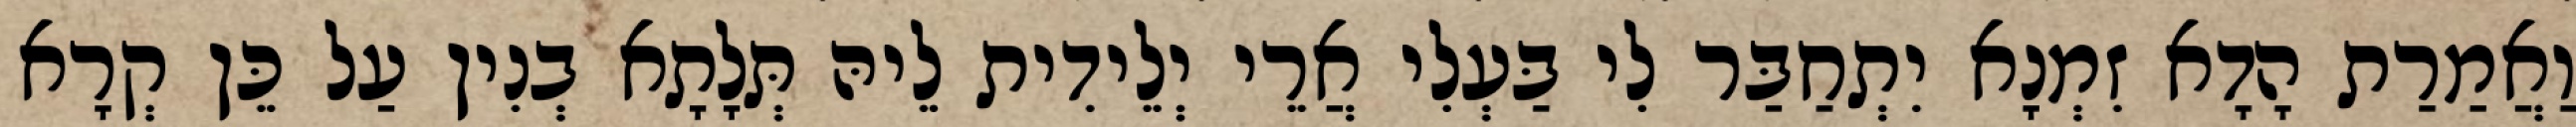
וַאֲמַרַת הָדָא זִמְנָא יִתְחַבַּר לִי בַּעְלִי אֲרֵי יְלֵידִית לֵיהּ תְּלָתָא בְנִין עַל כֵּן קְרָא